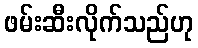
ဖမ်းဆီးလိုက်သည်ဟု